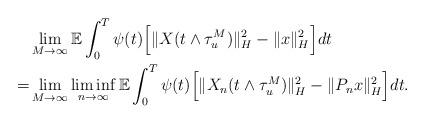
LaTeX: \begin{align*}& \lim_{M\rightarrow\infty}\mathbb{E} \int_0^T \psi(t) \Big[ \Vert X (t\wedge\tau_u^M) \Vert_H^2 - \Vert x \Vert_H^2 \Big] dt \\= & \lim_{M\rightarrow\infty}\liminf_{n\rightarrow\infty} \mathbb{E} \int_0^T \psi(t) \Big[ \Vert X_n (t\wedge\tau_u^M) \Vert_H^2 - \Vert P_n x \Vert_H^2 \Big] dt .\end{align*}